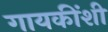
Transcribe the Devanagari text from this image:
गायकींशी